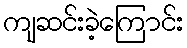
ကျဆင်းခဲ့ကြောင်း